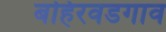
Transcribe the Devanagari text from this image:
बहिरवडगाव